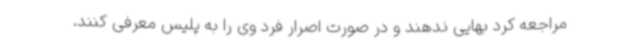
مراجعه کرد بهایی ندهند و در صورت اصرار فرد وی را به پلیس معرفی کنند.